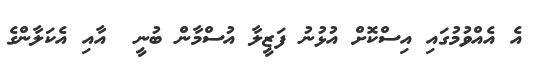
އެ އެއްވުމުގައި އިސްކޮށް އުޅުނު ފަޒީލާ އުސްމާން ބުނީ  އާއި އެކަލާންގެ